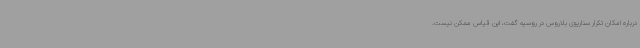
درباره امکان تکرار سناریوی بلاروس در روسیه گفت، این قیاس ممکن نیست.